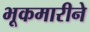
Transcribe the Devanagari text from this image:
भूकमारीने